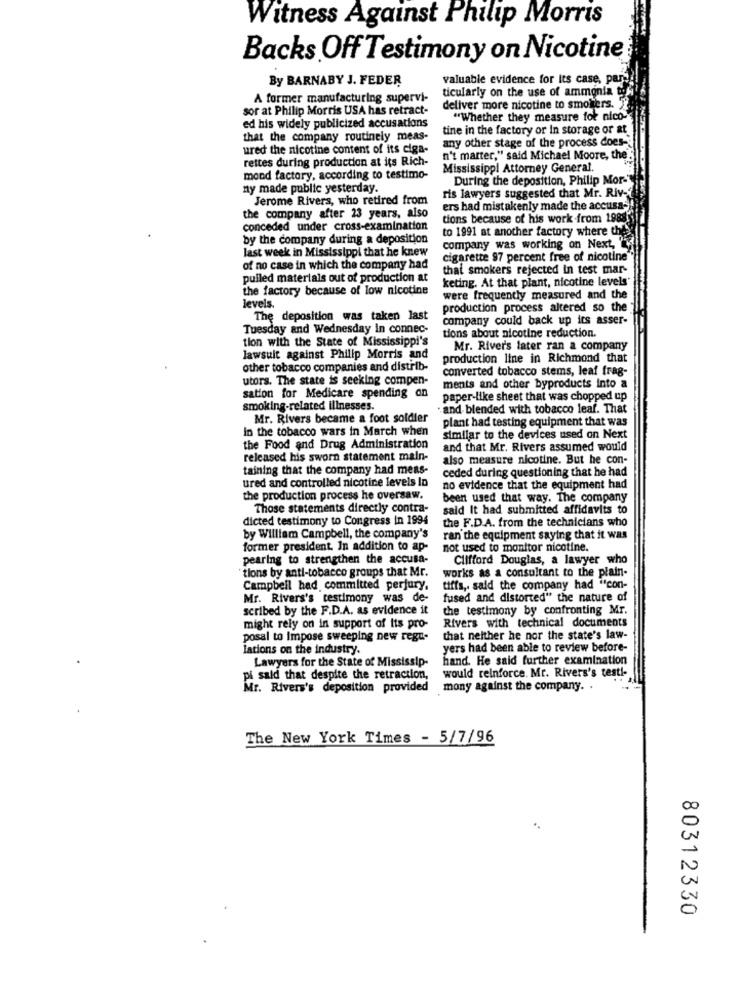
Witness Against Philip Morris
Backs Off Testimony on Nicotine
By BARNABY J. FEDER
valuable evidence for its case, par-
ticularly on the use of ammonia to
A former manufacturing supervi-
sor at Philip Morris USA has retract-
deliver more nicotine to smokers.
"Whether they measure for nico-
ed his widely publicized accusations
tine in the factory or In storage or at
that the company routinely meas-
any other stage of the process does-
ured the nicotine content of its ciga-
rettes during production at its Rich-
n't marter," said Michael Moore, the
Mississippi Attorney General.
mond factory, according to testimo-
During the deposition, Philip Mor-"
ny made public yesterday.
Jerome Rivers, who retired from
ris lawyers suggested that Mr. Riv-
ers had mistakenly made the accusa-
the company after 23 years, also
tions because of his work from 1988
conceded under cross-examination
to 1991 at another factory where thes
by the company during a deposition
last week in Mississippi that he knew
company was working on Next,
cigarette 97 percent free of nicotine
of no case in which the company had
thai smokers rejected In test mar-
pulled materials out of production at
keting. At that plant, nicotine levels'
the factory because of low nicotine
were frequently measured and the
levels.
production process altered so the
The deposition was taken last
company could back up its asser-
Tuesday and Wednesday In connec-
tions about nicotine reduction.
tion with the State of Mississippi's
Mr. River's later ran a company
lawsuit against Philip Morris and
production line in Richmond that
other tobacco companies and distrib-
converted tobacco stems, leaf frag-
utors. The state is seeking compen-
ments and other byproducts Into a
sation for Medicare spending an
paper-like sheet that was chopped up
smoking-related illnesses.
and blended with tobacco leaf. That
Mr. Rivers became a foot soldier
plant had testing equipment that was
in the tobacco wars in March when
similar to the devices used on Next
the Food and Drug Administration
and that Mr. Rivers assumed would
released his sworn statement main-
also measure nicotine. But he con-
taining that the company had mens-
ceded during questioning that he had
ured and controlled nicotine levels la
no evidence that the equipment had
the production process he oversaw.
been used that way. The company
Those statements directly contra-
said It had submitted affidavits to
dicted testimony to Congress in 1994
the F.D.A. from the technicians who
by William Campbell, the company's
ran the equipment saying that it was
former president. In addition to ap-
not used to monitor nicotine.
pearing to strengthen the accusa-
Clifford Douglas, a lawyer who
tions by anti-tobacco groups that Mr.
works as a consultant to the plain-
Campbell had committed perjury,
tiffs ,. said the company had "con-
Mr. Rivers's testimony was de-
fused and distorted" the nature of
scribed by the F.D.A. as evidence it
the testimony by confronting Mr.
Rivers with technical documents
might rely on in support of Its pro-
posal to Impose sweeping new regu-
that neither he nor the state's law-
lations on the industry.
yers had been able to review before-
Lawyers for the State of Mississip-
hand. He said further examination
would reinforce. Mr. Rivers's testi-
pi said that despite the retraction,
Mr. Rivers's deposition provided mony against the company. .
The New York Times - 5/7/96
00
N
80312330